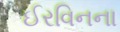
ઈરવિનના